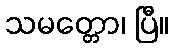
သမတ္တော၊ ပြီ။